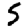
Digit: 5